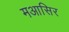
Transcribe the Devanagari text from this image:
मआसिर